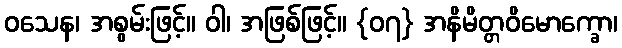
ဝသေန၊ အစွမ်းဖြင့်။ ဝါ၊ အဖြစ်ဖြင့်။ {၀၇} အနိမိတ္တဝိမောက္ခော၊